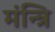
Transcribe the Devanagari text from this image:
मंन्त्रि